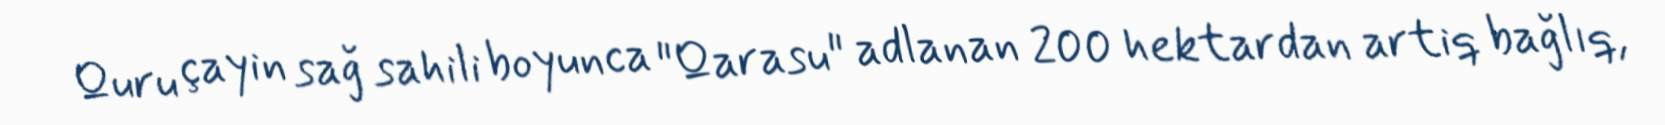
Quru çayin sağ sahili boyunca "Qarasu" adlanan 200 hektardan artiq bağlıq,